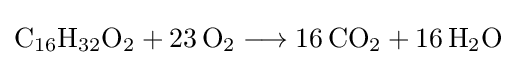
{\mathrm {C} {\vphantom {A}}_{\smash[{t}]{16}}\mathrm {H} {\vphantom {A}}_{\smash[{t}]{32}}\mathrm {O} {\vphantom {A}}_{\smash[{t}]{2}}{}+{}23\,\mathrm {O} {\vphantom {A}}_{\smash[{t}]{2}}{}\mathrel {\longrightarrow } {}16\,\mathrm {CO} {\vphantom {A}}_{\smash[{t}]{2}}{}+{}16\,\mathrm {H} {\vphantom {A}}_{\smash[{t}]{2}}\mathrm {O} }